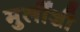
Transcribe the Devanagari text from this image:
मुलींशी